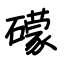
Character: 礞